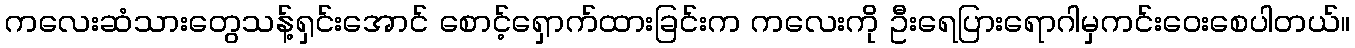
ကလေးဆံသားတွေသန့်ရှင်းအောင် စောင့်ရှောက်ထားခြင်းက ကလေးကို ဦးရေပြားရောဂါမှကင်းဝေးစေပါတယ်။